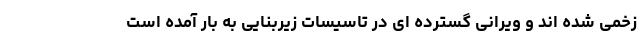
زخمی شده اند و ویرانی گسترده ای در تاسیسات زیربنایی به بار آمده است